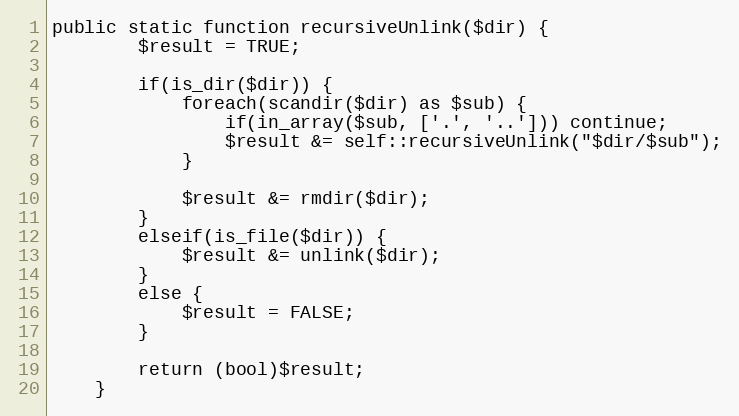
Language: PHP
public static function recursiveUnlink($dir) {
        $result = TRUE;

        if(is_dir($dir)) {
            foreach(scandir($dir) as $sub) {
                if(in_array($sub, ['.', '..'])) continue;
                $result &= self::recursiveUnlink("$dir/$sub");
            }

            $result &= rmdir($dir);
        }
        elseif(is_file($dir)) {
            $result &= unlink($dir);
        }
        else {
            $result = FALSE;
        }

        return (bool)$result;
    }